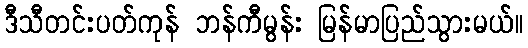
ဒီသီတင်းပတ်ကုန် ဘန်ကီမွန်း မြန်မာပြည်သွားမယ်။